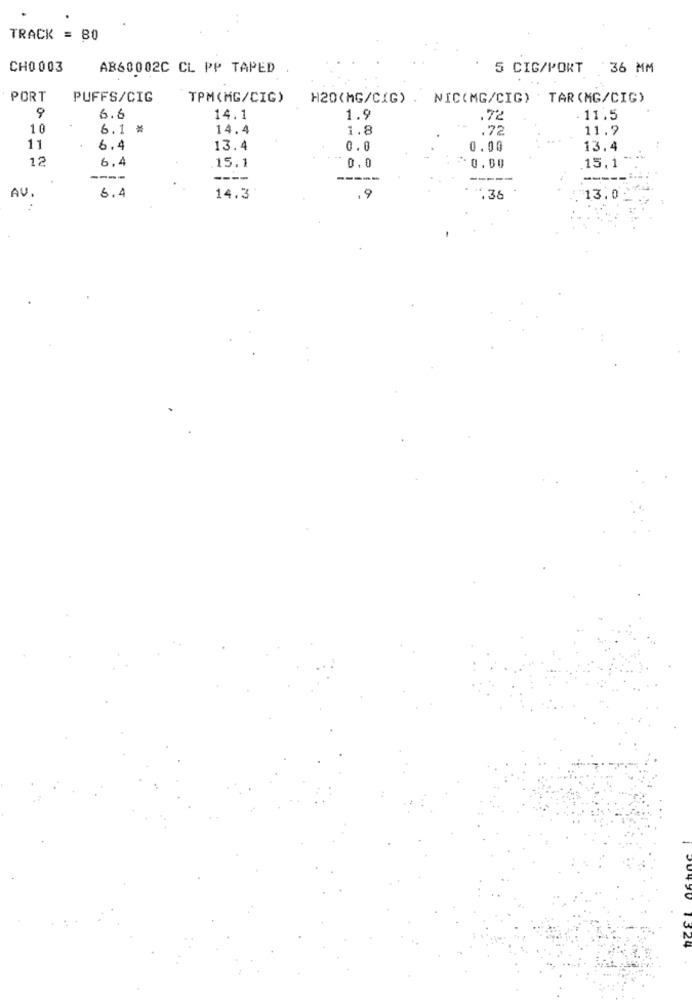
TRACK = 80
CH0 003
AB60002C CL PP TAPED
5 CIG/PORT
36 MM
PORT
PUFFS/CIG
TPM(MG/CIG)
H20(MG/CIG) . NIC(MG/CIG) ' TAR(MG/CIG)
9
6.6
14.1
1.9
.72
11.5
1 0
6.1 *
14.4
1.8
.72
11.7
11
6.4
13.4
0.0
0.00
13.4
12
6.4
.15.1
0.0
*: 0.00
15.1
----
----
---
AV.
13.0
6.4
14.3
19
.38